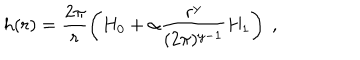
LaTeX: h ( r ) = \frac { 2 \pi } r \left( H _ { 0 } + \alpha \frac { r ^ { y } } { ( 2 \pi ) ^ { y - 1 } } H _ { 1 } \right) \ ,